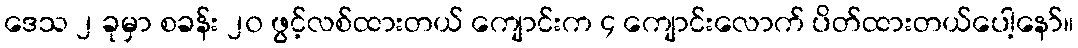
ဒေသ ၂ ခုမှာ စခန်း ၂၀ ဖွင့်လစ်ထားတယ် ကျောင်းက ၄ ကျောင်းလောက် ပိတ်ထားတယ်ပေါ့နော်။